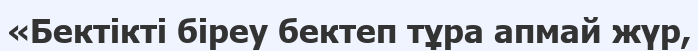
«Бектікті біреу бектеп тұра апмай жүр,